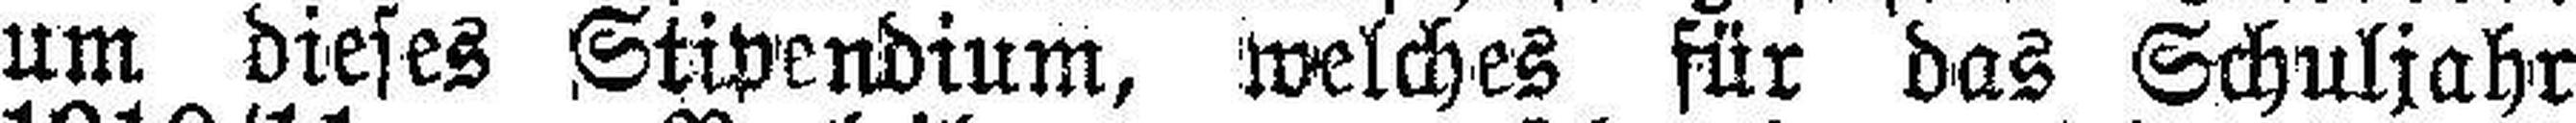
um dieses Stipendium, welches für das Schuljahr